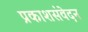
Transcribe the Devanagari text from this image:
प्रकाशसंवेदन